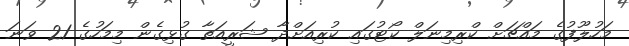
މަހުލޫފުގެ މައްޗަށް ކްރިމިނަލް ކޯޓުގައި ކުރިއަށްދާ ޝަރީއަތާ ގުޅިގެން މިމަހުގެ 21 ވަނަ